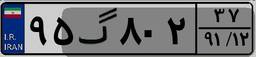
۴۳گ۷۹۰۷۴